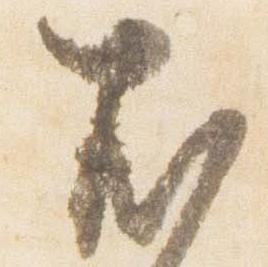
尤